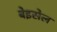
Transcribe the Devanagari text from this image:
बेइसेल